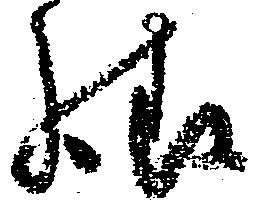
様